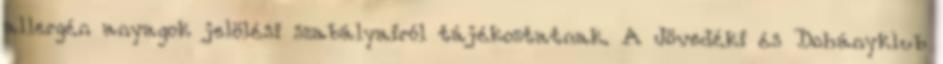
allergén anyagok jelölési szabályairól tájékoztatnak. A Jövedéki és Dohányklub